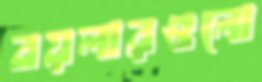
বয়লারগুলো